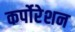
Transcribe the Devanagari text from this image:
कर्पोरेशन